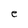
Character: e